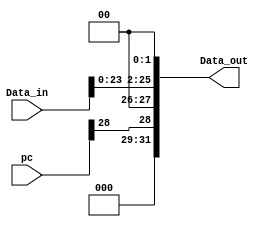
module calc_Jump (
    input wire [31:0] pc,
    input wire [25:0] Data_in,
    output wire [31:0] Data_out
);

    wire [27:0] shift;

    assign pc4bits = pc[31:28];
    assign shift = {Data_in<<2};
    assign Data_out = {pc4bits,shift};

endmodule